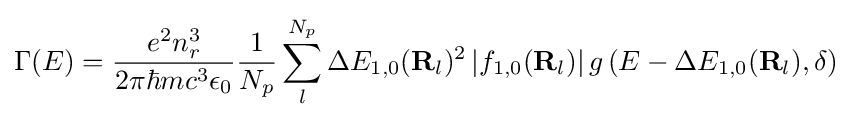
\Gamma (E)={\frac {e^{2}n_{r}^{3}}{2\pi \hbar mc^{3}\epsilon _{0}}}{\frac {1}{N_{p}}}\sum _{l}^{N_{p}}\Delta E_{1,0}(\mathbf {R} _{l})^{2}\left|f_{1,0}(\mathbf {R} _{l})\right|g\left(E-\Delta E_{1,0}(\mathbf {R} _{l}),\delta \right)